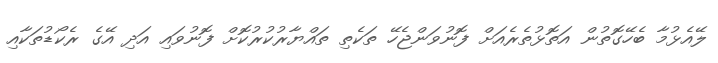
ލޭއެޅުމާ ބެހޭގޮތުން އަތޮޅުތެރެއަށް ފޮނުވަންޖެހޭ ތަކެތި ތައްޔާރުކުރުކޮށް ފޮނުވައި އަދި އޭގެ ރެކޯޑުތަކާއި